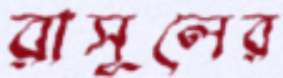
রাসূলের